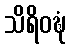
သိရိဝဍ္ဎံ